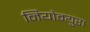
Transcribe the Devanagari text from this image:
नियोम्युरा